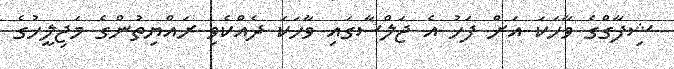
ޝިފާގްގެ ވާހަކަ އަށް ފަހު އެ ޖަލްސާގައި ވާހަކަ ދެއްކެވި ރައްޔިތުންގެ މަޖިލީހުގެ